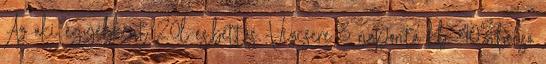
Az aki egyébként 20l-es,bettás. Vïzcsere 3 naponta kb 40%,belső